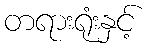
တရားရုံးနှင့်